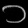
Digit: ၁